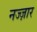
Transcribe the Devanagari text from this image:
नज्ज़ार